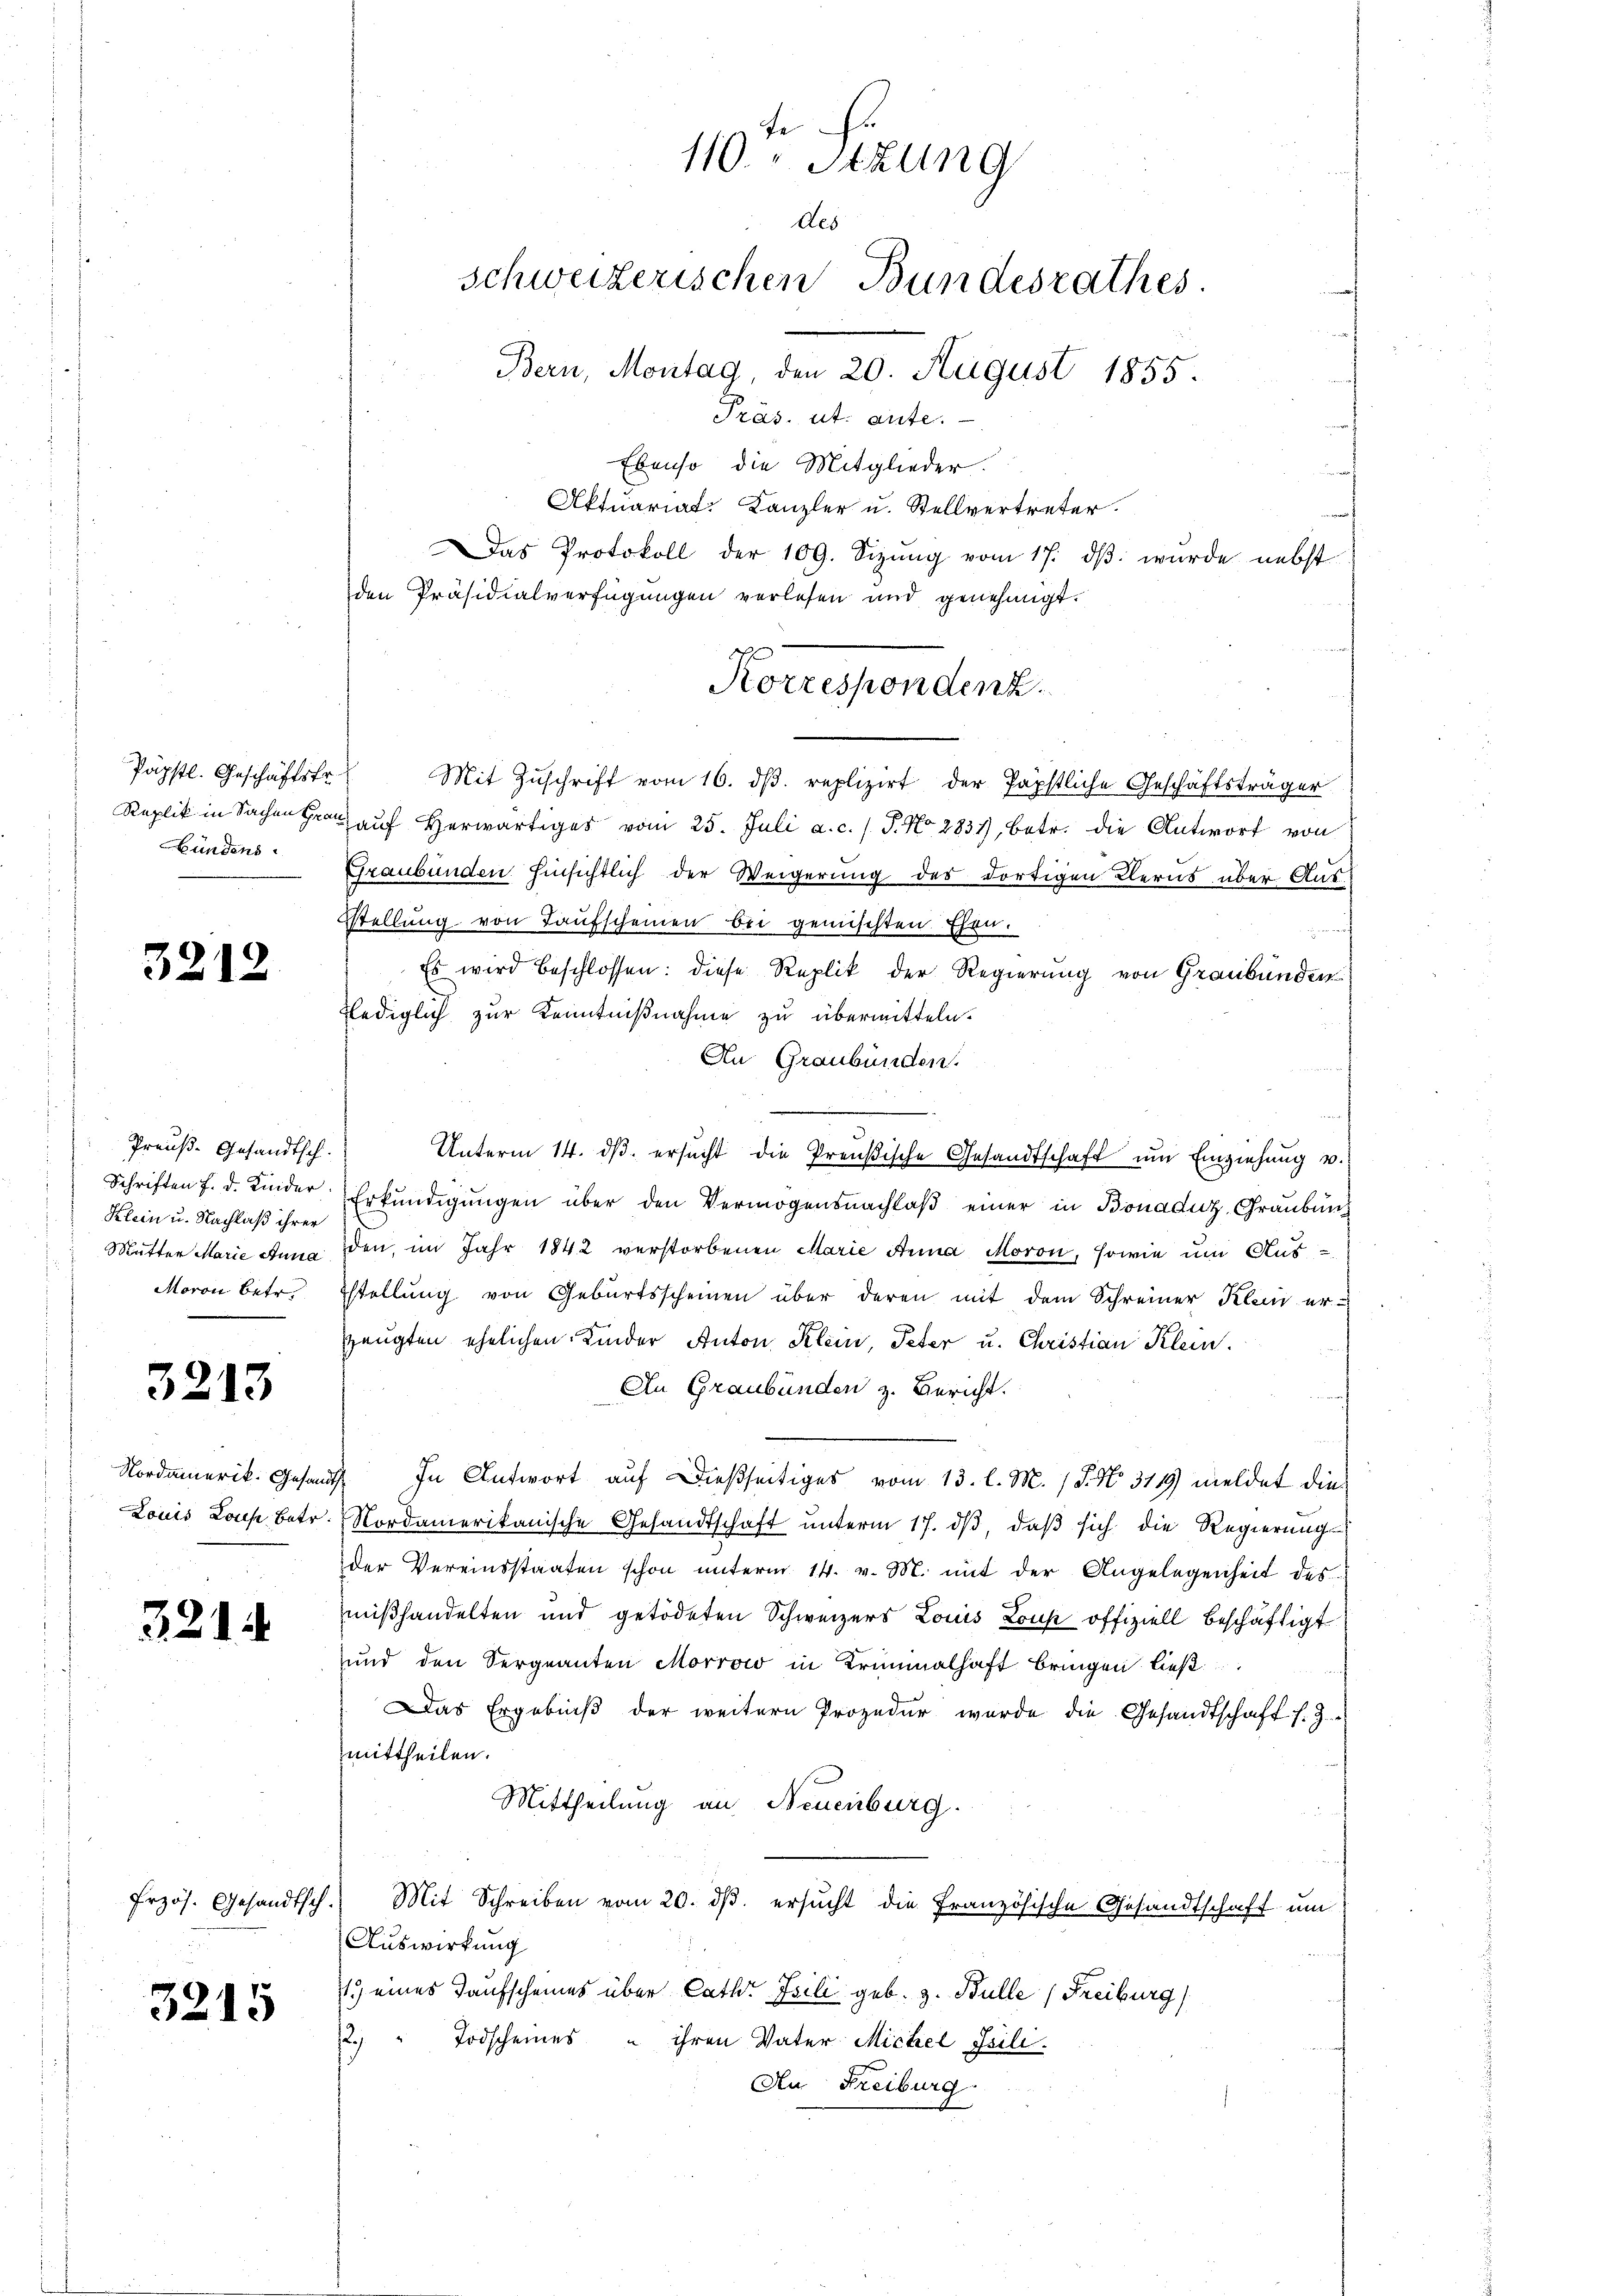
Replik in Sachen Fran
Bündens

3212

Preuß. Gesandtsch.
Schriften f. d. Kinder
Klein u. Nachlaß ihrer
Mutter Marie Anna
Moron Betr.

3213

Nordamerik. Gesandt
Louis Louise betr.

20

1

Erzös. Gesandtsch.

3215

Ebenso die Mitglieder
Aktuariat-Kanzler u. Stellvertreter.
Das Protokoll der 109. Sizŭng vom 17. dβ. wurde nebst
den Präsidialverfügungen verlesen und genehmigt.
Päpstl. Geschäftstr. Mit Zŭschrift vom 16. dβ. replizirt der Päpstliche Geschäftsträger
aŭf herwärtiges vom 25. Juli a. c. l. J. No. 2831, betr. die Antwort von
Graubünden hinsichtlich der Weigerung des dortigen Kerns über Aus¬
Stellung von Taufscheinen bei gemischten. Ehrn.
Es wird beschlossen: diese Replik der Regierung von Graubünden
flediglich zur Kenntnißnahme zu übermitteln.
An Graubünden.
Unterm 14. dβ. ersŭcht die Preußische Gesandtschaft um Einziehung v.
Erkŭndigŭngen über den Vermögensnachlaβ einer in Bonaduz, Graubünden, im Jahr 1842 verstorbenen Marie Arina Moron, sowie um Aus-
stellung von Geburtsscheinen über deren mit dem Schreiner Klein er-
zeugten ehelichen Kinder Anton Klein, Peter u. Christian Klein.
An Graubünden z. Bericht.
In Antwort auf dießseitiges vom 13. l. M. 18. No. 3119) meldet dies
Nordamerikanische Gesandtschaft ŭnterm 17. dβ, daβ sich die Regierŭng
der Vereinsstaaten schon ŭnterm 14. v. M. mit der Angelegenheit des
mißhandelten und getödeten Schweizers Louis Lous offiziell beschäftigt
und den Sergeanten Morrow in Krümmelhaft bringen ließ
Das Ergebniß der weitern Prozedur wurde die Gesandtschaft s. Z.
mittheilen.
Mittheilung an Neuenburg.
Mit Schreiben vom 20. dβ. ersucht die Französische Gesandtschaft um
Auswirkung
1.) eines Taufscheines über Cathr Isili geb. z. Bulle (Freiburg
22. " Todscheines u ihren Vater Michel Pili.
An Freiburg

fe
110. Sitzung
des
schweizerischen Bundesrathes.
Bern, Montag, den 20. August 1855.
Präs. ut. ante.

Korrespondenz.